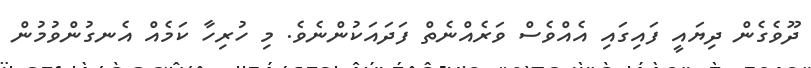
ދޫވެގެން ދިޔައީ ފައިގައި އެއްވެސް ވަރެއްނެތް ފަދައަކުންނެވެ. މި ހުރިހާ ކަމެއް އެނގުންވުމުން